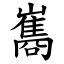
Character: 巂